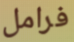
فرامل